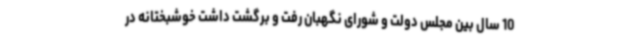
10 سال بین مجلس دولت و شورای نگهبان رفت و برگشت داشت خوشبختانه در